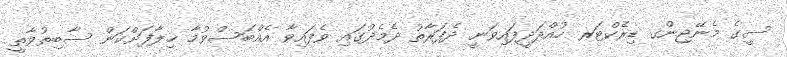
ސީގެ މެނޭޖިންގ ޑިރެކްޓަރ ހުއްދަދީފައިވަނީ ދެފަރާތު ދެމެދުގައި ވެފައިވާ އެއްބަސްވުމާ ޚިލާފަށްކަން ސާބިތުވާތީ